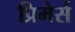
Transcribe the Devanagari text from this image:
प्रिमेर्स